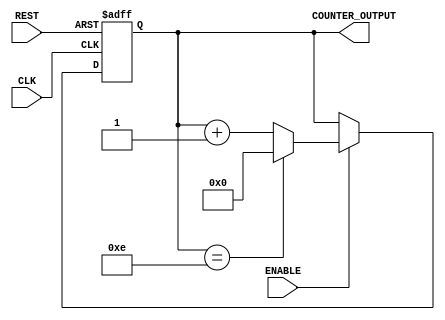
module COUNTER_ENCODER
#(
parameter WIDTH=4
)
(
input CLK,
input REST,
input ENABLE,
output [WIDTH-1:0]COUNTER_OUTPUT
);
reg [WIDTH-1:0] OUTPUT;
always @( posedge CLK or  posedge REST)
begin
if(REST==1)
OUTPUT<=0;
else if(ENABLE==1)
begin
OUTPUT<=OUTPUT+1;
if(OUTPUT ==14)
begin
 OUTPUT <= 0;
end

end
end
assign COUNTER_OUTPUT = OUTPUT;
endmodule